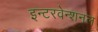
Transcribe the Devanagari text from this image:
इन्टरवेन्शनल